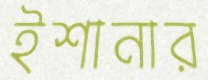
ইশানার